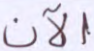
الآن